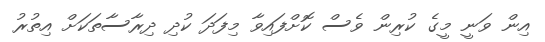
އިން ވަނީ މީގެ ކުރިން ވެސް ކޮށްފައިވާ މިފަދަ ކުދި ދިރާސާތަކަށް އިތުރު